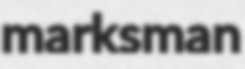
marksman